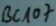
Text: BC107